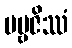
ပဗ္ဗဇိဿံ